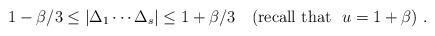
LaTeX: \begin{align*}1-\beta /3\leq |\Delta _1\cdots \Delta _s|\leq 1+\beta /3~~~{\rm (recall~that~~}u=1+\beta {\rm )}~.\end{align*}